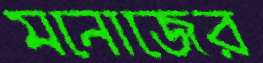
মনোজের